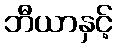
ဘီယာနှင့်